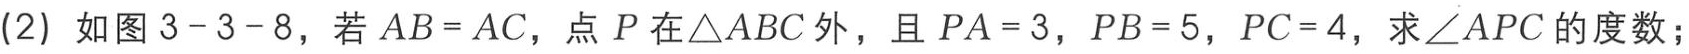
(2) 如图 3 - 3 - 8，若 \(AB = AC\)，点 \(P\) 在\(\triangle ABC\)外，且 \(PA = 3\)，\(PB = 5\)，\(PC = 4\)，求\(\angle APC\)的度数；